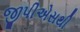
જીપીએસથી